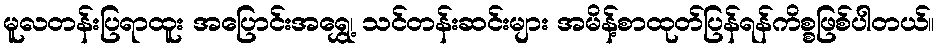
မူလတန်းပြရာထူး အပြောင်းအရွှေ့၊ သင်တန်းဆင်းများ အမိန့်စာထုတ်ပြန်ရန်ကိစ္စဖြစ်ပါတယ်။